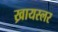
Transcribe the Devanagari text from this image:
ख्रायस्लर